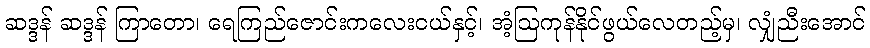
ဆဒ္ဒန် ဆဒ္ဒန် ကြာတော၊ ရေကြည်ဇောင်းကလေးငယ်နှင့်၊ အံ့ဩကုန်နိုင်ဖွယ်လေတည့်မှ၊ လျှံညီးအောင်